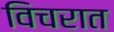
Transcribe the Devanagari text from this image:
विचरात